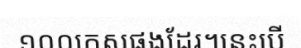
១០០កេសផងដែរ។នេះបើ